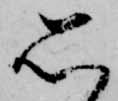
思